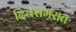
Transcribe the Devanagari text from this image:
दिवसभरात